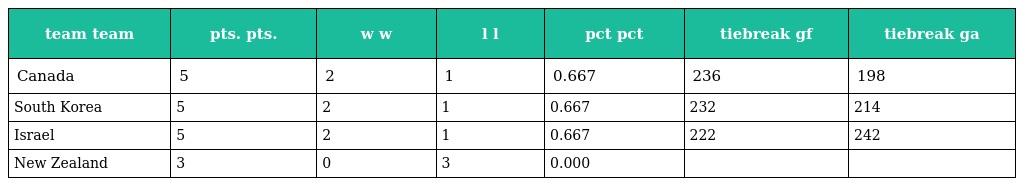
| team team | pts. pts. | w w | l l | pct pct | tiebreak gf | tiebreak ga |
 | --- | --- | --- | --- | --- | --- | --- |
 | Canada | 5 | 2 | 1 | 0.667 | 236 | 198 |
 | South Korea | 5 | 2 | 1 | 0.667 | 232 | 214 |
 | Israel | 5 | 2 | 1 | 0.667 | 222 | 242 |
 | New Zealand | 3 | 0 | 3 | 0.000 |  |  |